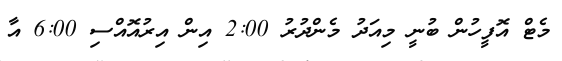
މެޓް އޮފީހުން ބުނީ މިއަދު މެންދުރު 2:00 އިން އިރުއޮއްސި 6:00 އާ